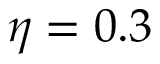
\eta = 0 . 3